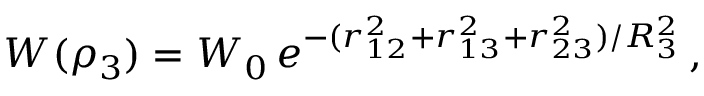
W ( \rho _ { 3 } ) = W _ { 0 } \, e ^ { - ( r _ { 1 2 } ^ { 2 } + r _ { 1 3 } ^ { 2 } + r _ { 2 3 } ^ { 2 } ) / R _ { 3 } ^ { 2 } } \, ,